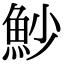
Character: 魦